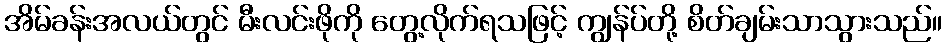
အိမ်ခန်းအလယ်တွင် မီးလင်းဖိုကို တွေ့လိုက်ရသဖြင့် ကျွန်ပ်တို့ စိတ်ချမ်းသာသွားသည်။